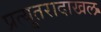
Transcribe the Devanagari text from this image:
प्रत्युतरादाखल